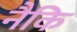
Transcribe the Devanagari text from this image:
नैकि